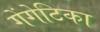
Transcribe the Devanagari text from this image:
गेंगेटिका